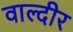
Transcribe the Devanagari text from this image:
वाल्दीर